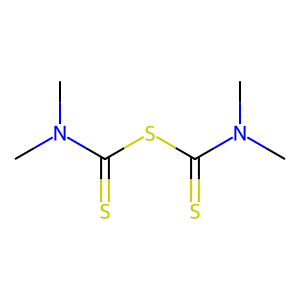
SMILES: CN(C)C(=S)SC(=S)N(C)C
Inhibits HIV replication: No